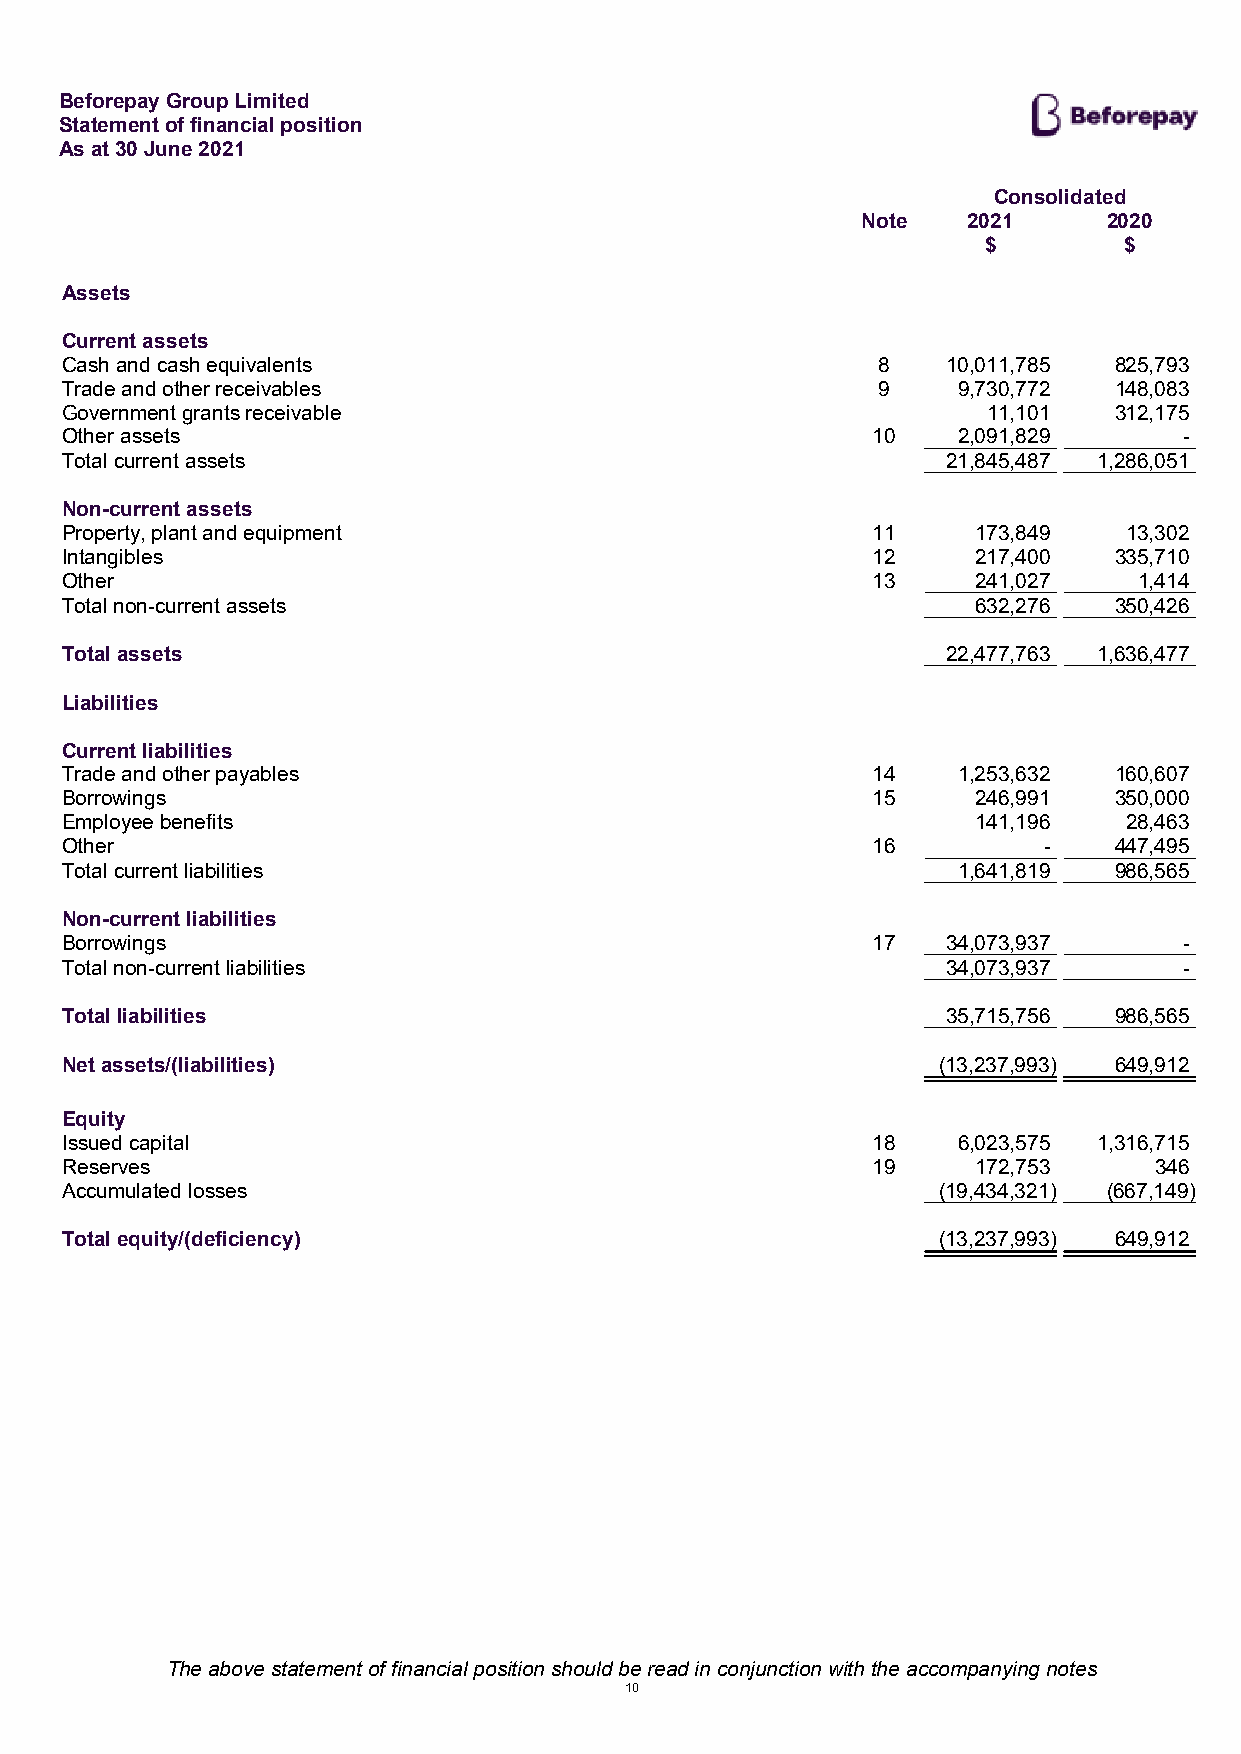
Beforepay Group Limited
 Statement of financial position
 As at 30 June 2021
 Consolidated
 Note   2021     2020
 $        $
 Assets
 Current assets
 Cash and cash equivalents                             8    10,011,785 825,793
 Trade and other receivables                           9    9,730,772  148,083
 Government grants receivable                                 11,101   312,175
 Other assets                                          10   2,091,829      -
 Total current assets                                       21,845,487 1,286,051
 Non-current assets
 Property, plant and equipment                         11     173,849   13,302
 Intangibles                                           12     217,400  335,710
 Other                                                 13     241,027   1,414
 Total non-current assets                                     632,276  350,426
 Total assets                                               22,477,763 1,636,477
 Liabilities
 Current liabilities
 Trade and other payables                              14   1,253,632  160,607
 Borrowings                                            15     246,991  350,000
 Employee benefits                                            141,196   28,463
 Other                                                 16         -    447,495
 Total current liabilities                                  1,641,819  986,565
 Non-current liabilities
 Borrowings                                            17   34,073,937     -
 Total non-current liabilities                              34,073,937     -
 Total liabilities                                          35,715,756 986,565
 Net assets/(liabilities)                                  (13,237,993) 649,912
 Equity
 Issued capital                                        18   6,023,575 1,316,715
 Reserves                                              19     172,753    346
 Accumulated losses                                        (19,434,321) (667,149)
 Total equity/(deficiency)                                 (13,237,993) 649,912
 The above statement of financial position should be read in conjunction with the accompanying notes
 10